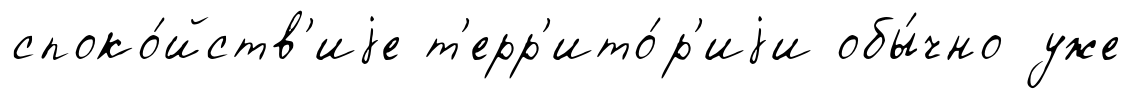
споко́йств'иjе т'ерр'ито́р'иjи обы́чно уже